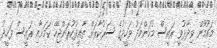
މައުމޫން ވިދާޅުވީ ރައީސް މުހަންމަދު ވަހީދުގެ ސަރުކާރަށް ތާއީދުކުރަންޖެހޭ ކަމަށާއި ރައީސް ވަހީދު